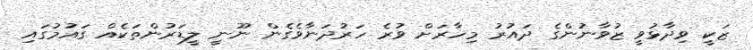
ޒަކީ ވިދާޅުވީ ޒުވާނުންގެ ދައުރު މިހާރަށް ވުރެ ހަރުދަނާވެގެން ނޫނީ ލީޑަރުންތަކެއް ގައުމުގައި